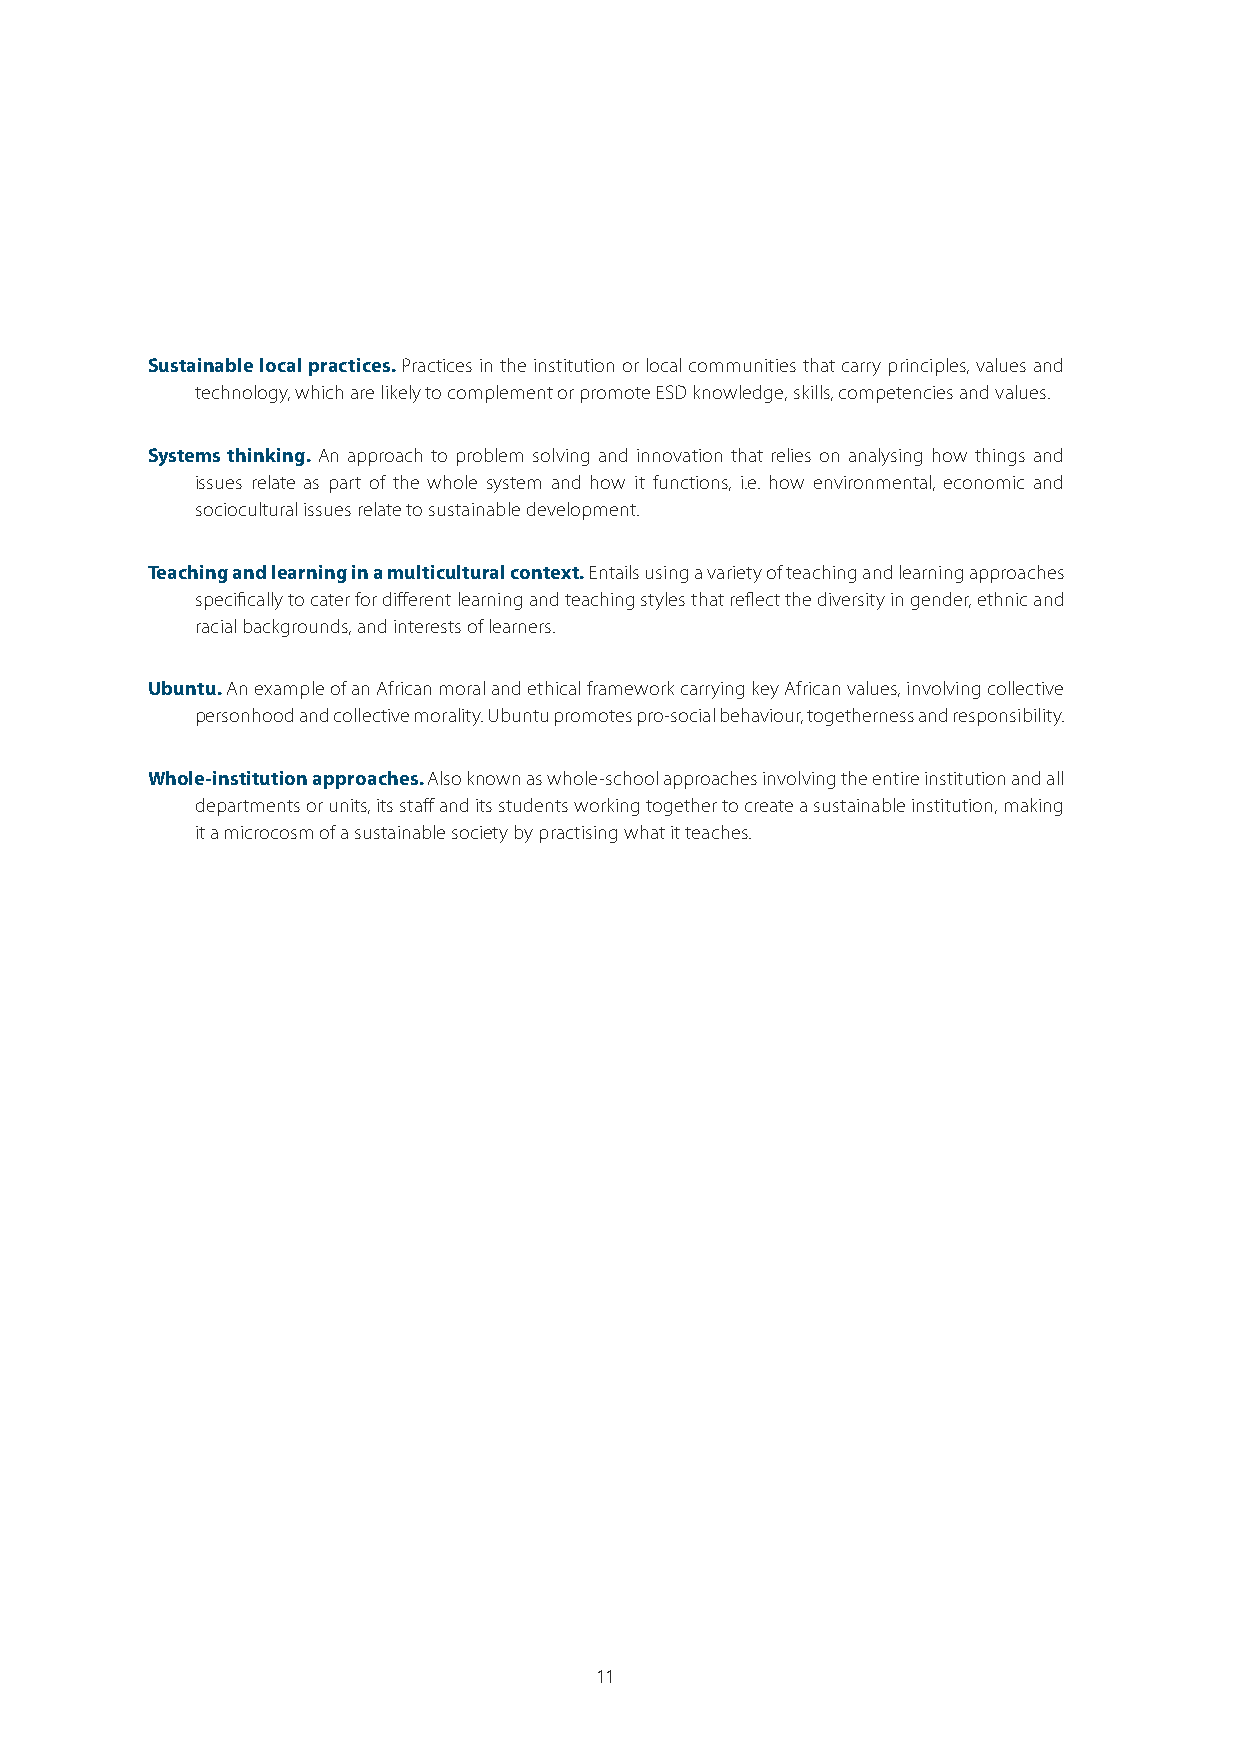
Sustainable local practices. Practices in the institution or local communities that carry principles, values and
 technology, which are likely to complement or promote ESD knowledge, skills, competencies and values.
 Systems thinking. An approach to problem solving and innovation that relies on analysing how things and
 issues relate as part of the whole system and how it functions, i.e. how environmental, economic and
 sociocultural issues relate to sustainable development.
 Teaching and learning in a multicultural context. Entails using a variety of teaching and learning approaches
 specifically to cater for different learning and teaching styles that reflect the diversity in gender, ethnic and
 racial backgrounds, and interests of learners.
 Ubuntu. An example of an African moral and ethical framework carrying key African values, involving collective
 personhood and collective morality. Ubuntu promotes pro-social behaviour, togetherness and responsibility.
 Whole-institution approaches. Also known as whole-school approaches involving the entire institution and all
 departments or units, its staff and its students working together to create a sustainable institution, making
 it a microcosm of a sustainable society by practising what it teaches.
 11